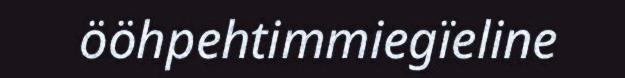
ööhpehtimmiegïeline